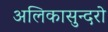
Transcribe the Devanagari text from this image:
अलिकासुन्दरो